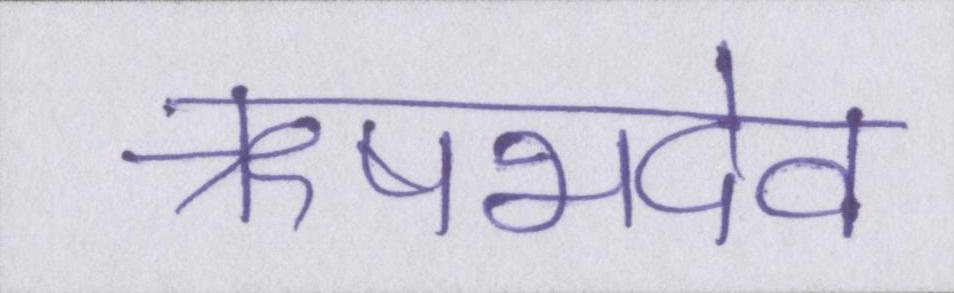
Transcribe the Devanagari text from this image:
ऋषभदेव